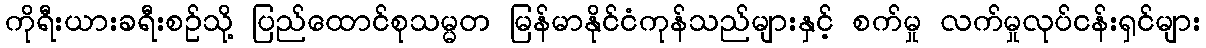
ကိုရီးယားခရီးစဉ်သို့ ပြည်ထောင်စုသမ္မတ မြန်မာနိုင်ငံကုန်သည်များနှင့် စက်မှု လက်မှုလုပ်ငန်းရှင်များ